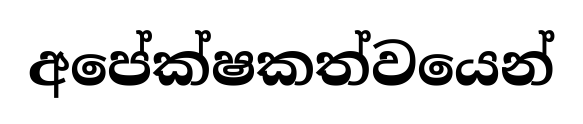
අපේක්ෂකත්වයෙන්